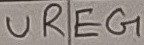
Text: UREG